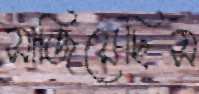
সাজিয়েছিস